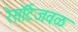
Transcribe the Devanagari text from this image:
रेसॉर्टजवळ